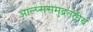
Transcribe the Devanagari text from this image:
आल्प्ससमुद्रतटीय